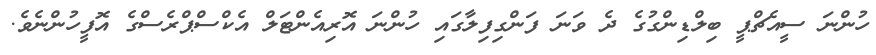
ހުންނަ ސީއެޗްޕީ ބިލްޑިންގުގެ ދެ ވަނަ ފަންގިފިލާގައި ހުންނަ އޮރިއެންޓަލް އެކްސްޕްރެސްގެ އޮފީހުންނެވެ.